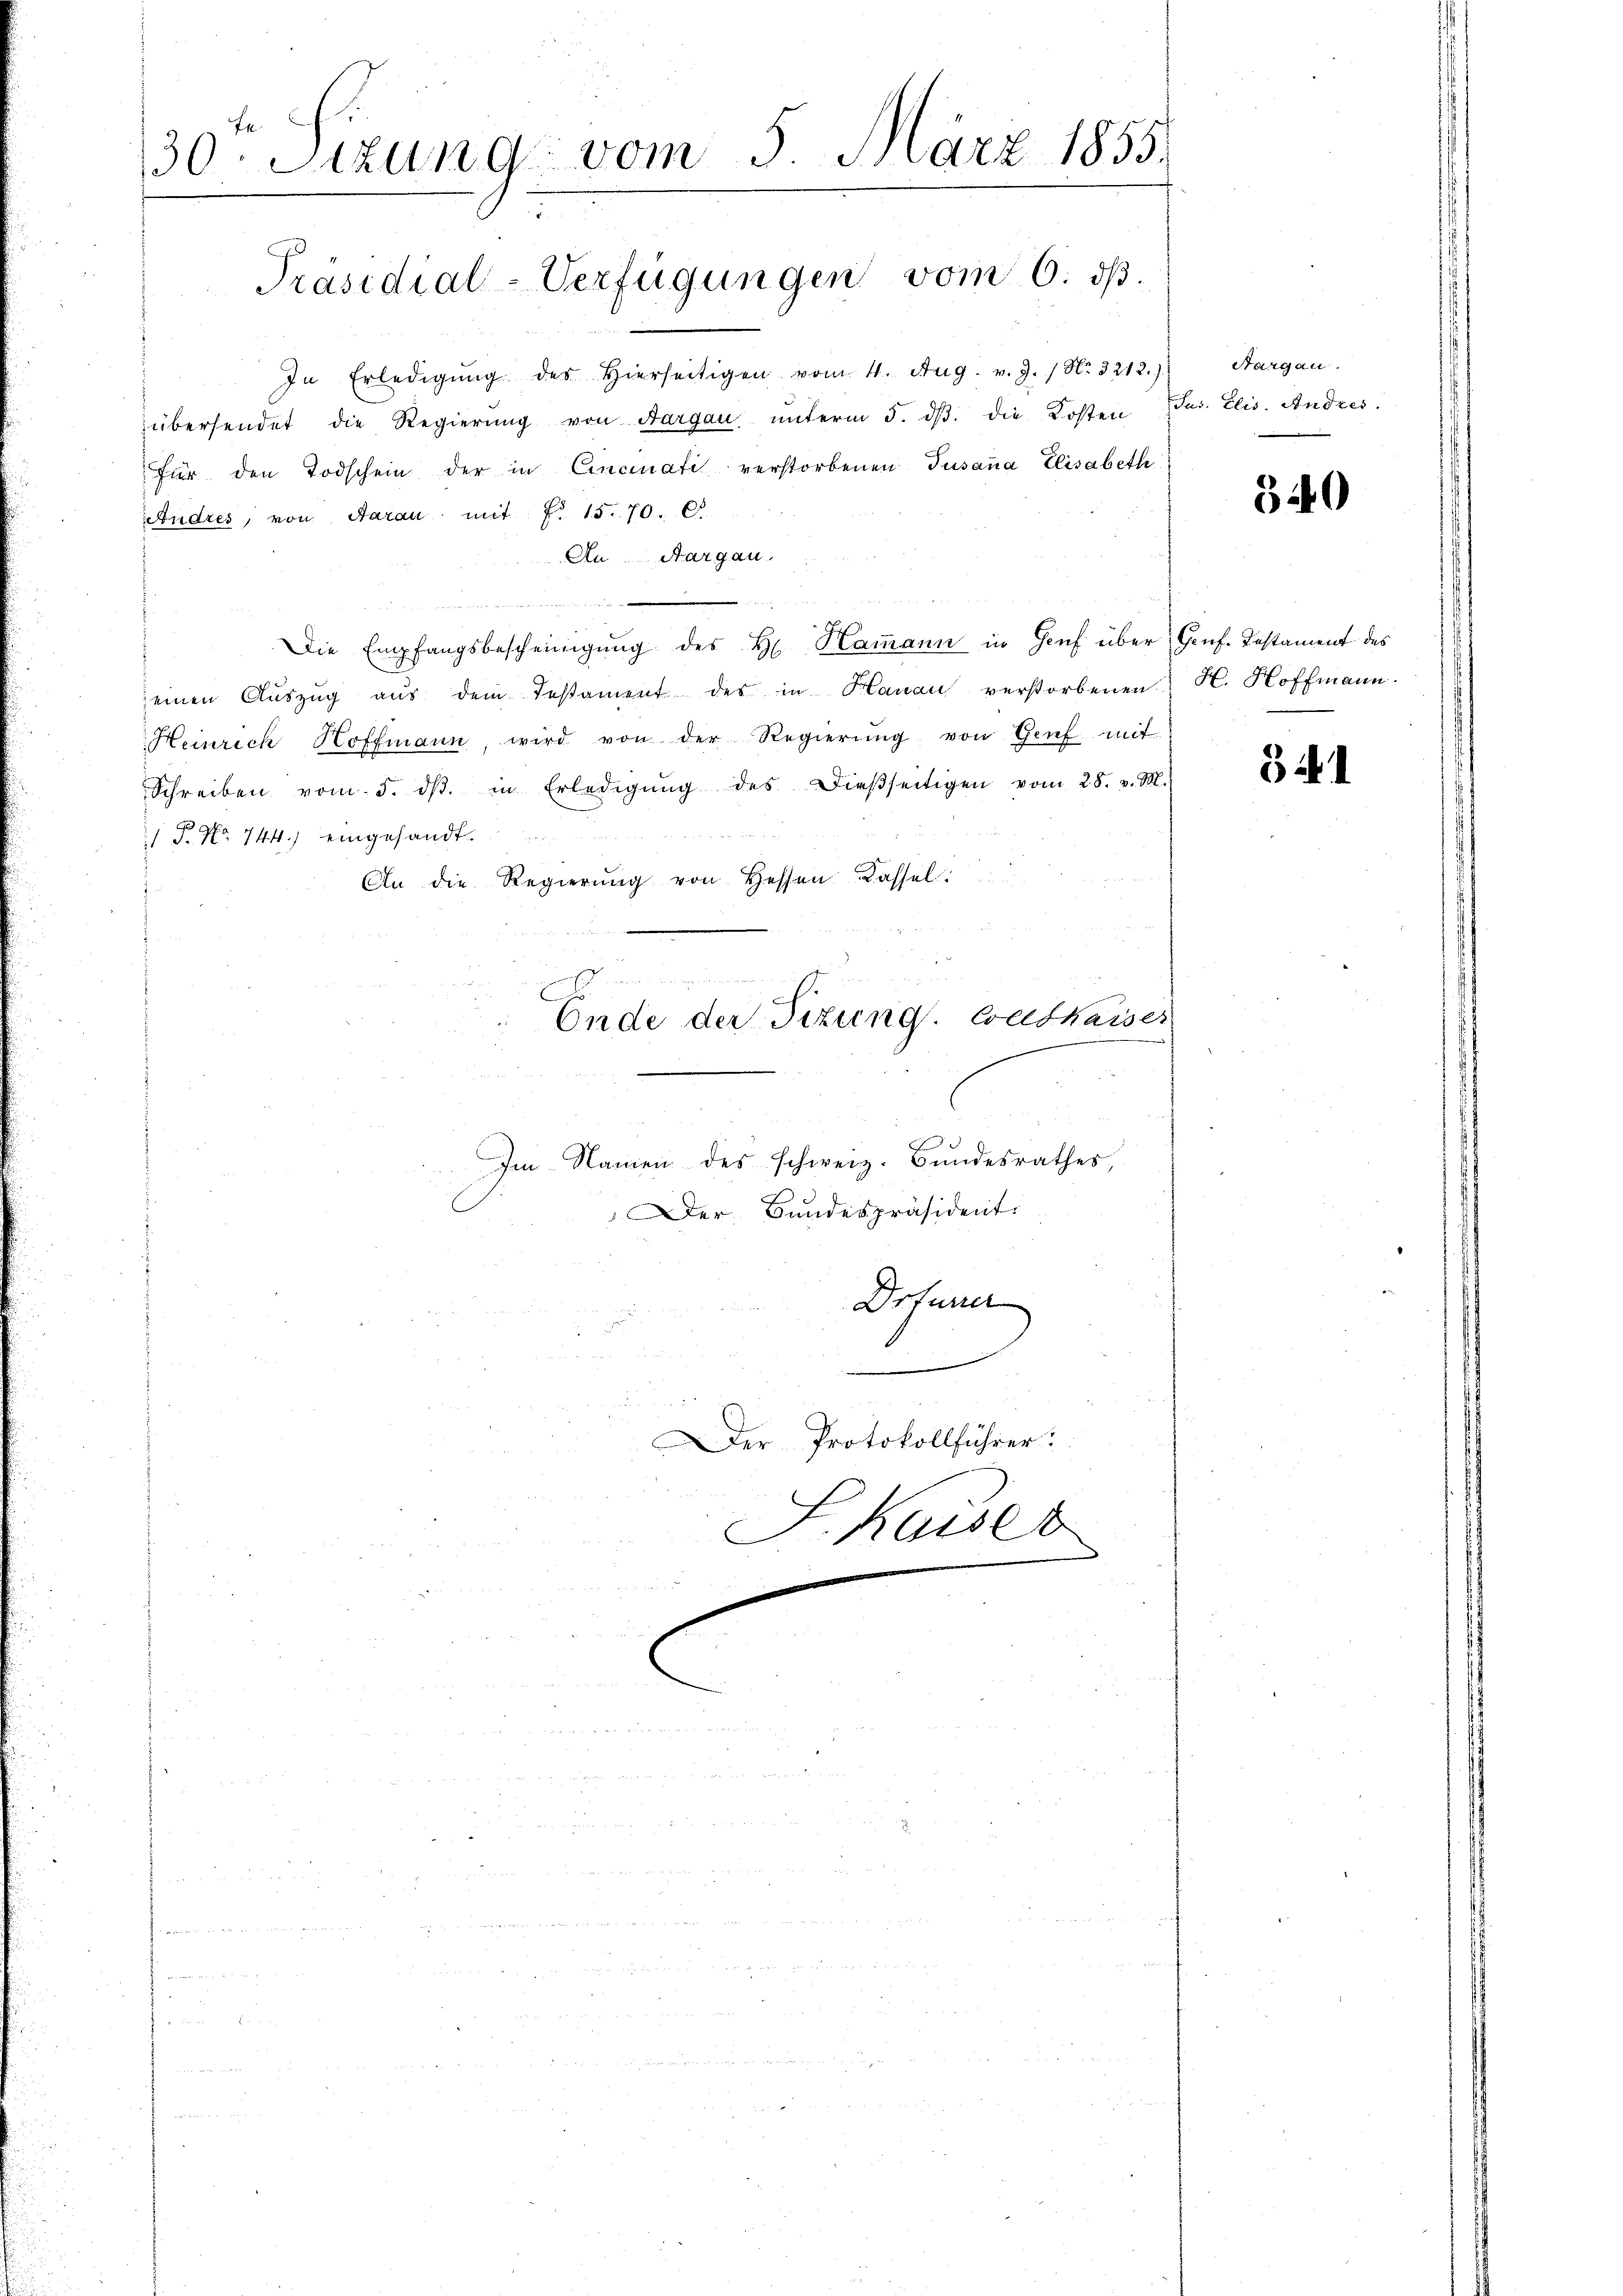
30. Sizung vom 5. März 1855.
2

In Erledigŭng des hierseitigen vom 4. Aug. v. J. / No. 3212.)
übersendet die Regierŭng von Aargau ŭnterm 5. dβ. die Kosten Jus. Elis. Andres.
für den Todschein der in Cincinati verstorbenen Susana Elisabeth
Andres, von Aarau mit No 15. 70. C
An Aargau.
In Berichte mit die tiert wir der
Die Empfangsbescheinigŭng des H. Kamann in Genf über Genf. Testament des
einen Aŭszŭg aŭs dem Testament des in Hanau verstorbenen H. Hoffmann
Heinrich Hoffmann, wird von der Regierŭng von Genf mit
Schreiben vom 5. dβ. in Erledigŭng des dießseitigen vom 28. v. M.
/ P. Nr. 744.) eingesandt.
An die Regierŭng von Hessen Kassel
Ende der Sitzung. Cathaiser

Präsidial-Verfügungen vom 6. ds.

d
Im Namen des schweiz. Bundesrathes,
Der Bundespräsident.
Drfun

Der Protokollführer:
S. Kaiser

Aargau.

340

541